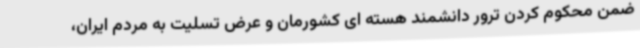
ضمن محکوم کردن ترور دانشمند هسته ای کشورمان و عرض تسلیت به مردم ایران،